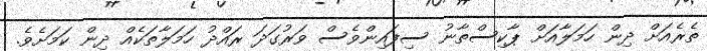
ތެރެއަށް ދިން ހަމަލާއަށް ޕާކިސްތާނު ސިފައިންވެސް ވަރުގަދަ ރައްދު ހަމަލާތަކެއް ދިން ކަމަށެވެ.